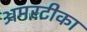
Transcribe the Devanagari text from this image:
अमरटीका